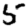
Digit: 5